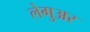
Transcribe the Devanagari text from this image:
लेगुअर